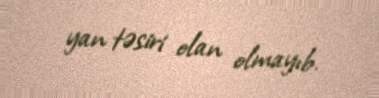
yan təsiri olan olmayıb.